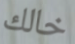
خالك